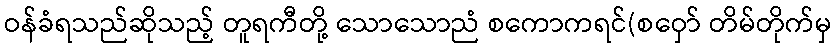
ဝန်ခံရသည်ဆိုသည့် တူရကီတို့ သောသောညံ စကောကရင်(စဝှော် တိမ်တိုက်မှ